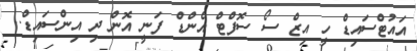
އައުޓްސައިޑް ހީ އިޒް ސޯ ސޮފްޓް އެންޑް ފަނީ އޮން ދި އިންސައިޑް..